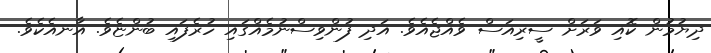
ދިޔުމުން ކޮއި ވަރަށް ސީރިއަސް ވެއްޖެއެވެ. އަދި ފުންވިސްނުމެއްގައި ހުރެފައި ބުންޏެވެ. އާނއެކެވެ.